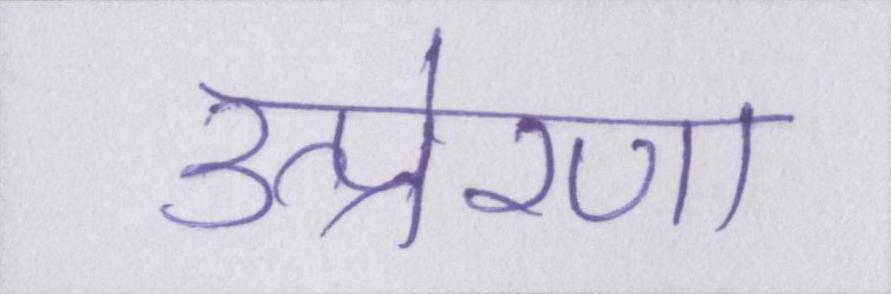
उत्प्रेरणा